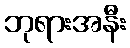
ဘုရားအနီး